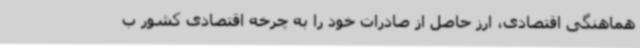
هماهنگی اقتصادی، ارز حاصل از صادرات خود را به چرخه اقتصادی کشور ب